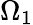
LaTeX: \Omega_{1}